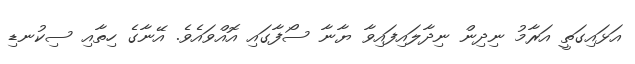
އަޅައިގަތީ އަރާމު ނިދިން ނިދާލައިފައިވާ ޔާނާ ސޯފާގައި އޮއްވައެވެ. އޭނާގެ ހިތާއި ސިކުނޑި